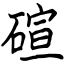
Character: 碹